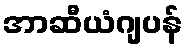
အာဆီယံဂျပန်